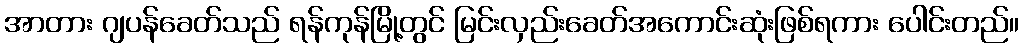
အာတား ဂျပန်ခေတ်သည် ရန်ကုန်မြို့တွင် မြင်းလှည်းခေတ်အကောင်းဆုံးဖြစ်ရကား ပေါင်းတည်။